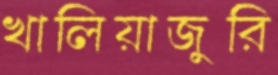
খালিয়াজুরি